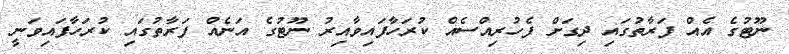
ނޫޓުގެ އެއް ފަރާތުގައި ދިގަށް ފެހުރިއްސެއް ކުރަހާފައިވާއިރު ނޫޓުގެ އަނެއް ފަރާތުގައި ކުރަހާފައިވަނީ